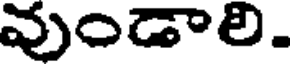
వుండాలి.